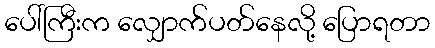
ပေါ်ကြီးက လျှောက်ပတ်နေလို့ ပြောရတာ